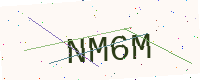
Text: NM6M